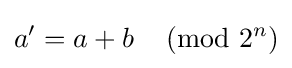
a'=a+b\,{\pmod {2^{n}}}